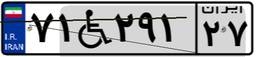
۷۱W۲۹۱۲۷